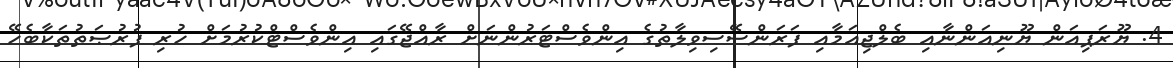
4. ޔޫރަޕިއަން ޔޫނިއަންނާއި ބެލްޖިއަމާއި ފަރަންސޭސިވިލާތުގެ އިންވެސްޓަރުންނަށް ރާއްޖޭގައި އިންވެސްޓްކުރުމަށް ހުރި ފުރުޞަތުތަކާބެހޭ